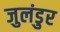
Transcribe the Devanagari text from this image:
जुलंडुर